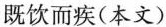
既饮而疾(本文)